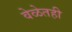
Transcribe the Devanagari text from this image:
वेळेतही